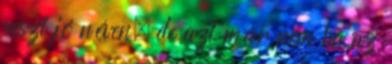
veszi jó néven, de azt már nem ha az